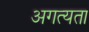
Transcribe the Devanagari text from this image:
अगत्यता